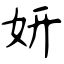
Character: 妍